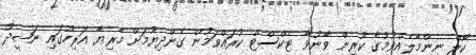
ކޯލް ނިންމާލެއްވުމުގެ ކުރިން ވާނުވާ ޓެކްސްޓް ކުރައްވަމުން ގެންދިޔުމަށް މާރިޔާ އަރިހުގައި ނަޝީދު